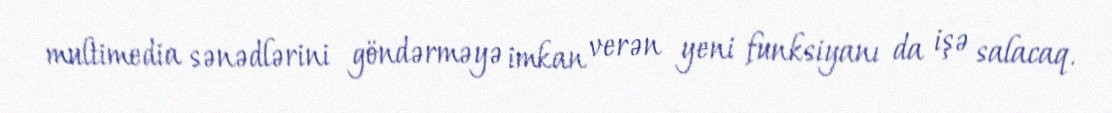
multimedia sənədlərini göndərməyə imkan verən yeni funksiyanı da işə salacaq.